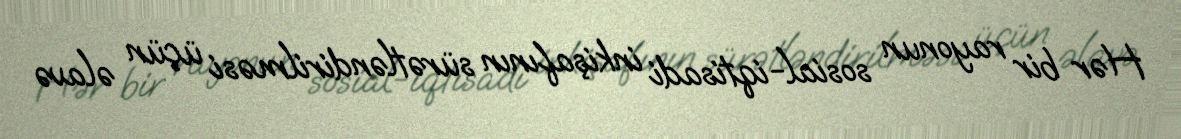
Hər bir rayonun sosial-iqtisadi inkişafının sürətləndirilməsi üçün əlavə